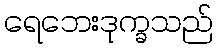
ရေဘေးဒုက္ခသည်